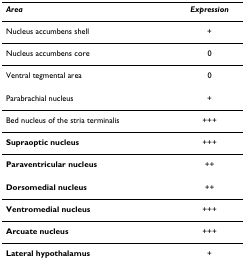
<table><thead><tr><td><b><i>Area</i></b></td><td><b><i>Expression</i></b></td></tr></thead><tbody><tr><td>Nucleus accumbens shell</td><td>+</td></tr><tr><td>Nucleus accumbens core</td><td>0</td></tr><tr><td>Ventral tegmental area</td><td>0</td></tr><tr><td>Parabrachial nucleus</td><td>+</td></tr><tr><td>Bed nucleus of the stria terminalis</td><td>+++</td></tr><tr><td><b>Supraoptic nucleus</b></td><td>+++</td></tr><tr><td><b>Paraventricular nucleus</b></td><td>++</td></tr><tr><td><b>Dorsomedial nucleus</b></td><td>++</td></tr><tr><td><b>Ventromedial nucleus</b></td><td>+++</td></tr><tr><td><b>Arcuate nucleus</b></td><td>+++</td></tr><tr><td><b>Lateral hypothalamus</b></td><td>+</td></tr></tbody></table>